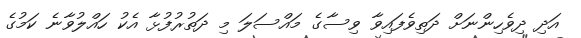
އަދި ދިވެހިންނަށް ދަތިވެފައިވާ ވިސާގެ މައްސަލަ މި ދަތުރުފުޅާ އެކު ހައްލުވާނެ ކަމުގެ